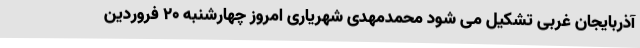
آذربایجان غربی تشکیل می شود محمدمهدی شهریاری امروز چهارشنبه 20 فروردین